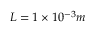
L = 1 \times 1 0 ^ { - 3 } m